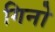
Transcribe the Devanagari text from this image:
गिनो